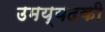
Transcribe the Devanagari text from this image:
उमय्यदकी